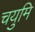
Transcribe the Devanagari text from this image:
चयुमि